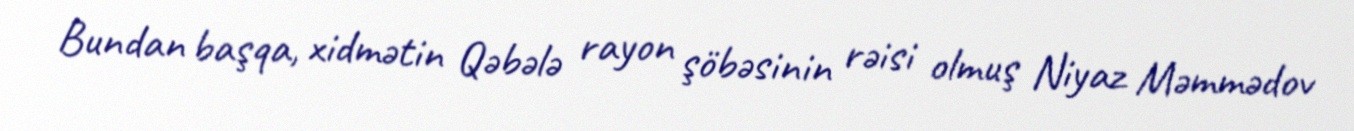
Bundan başqa, xidmətin Qəbələ rayon şöbəsinin rəisi olmuş Niyaz Məmmədov